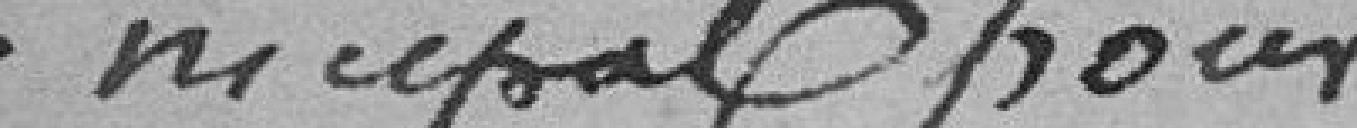
-nicipal pour